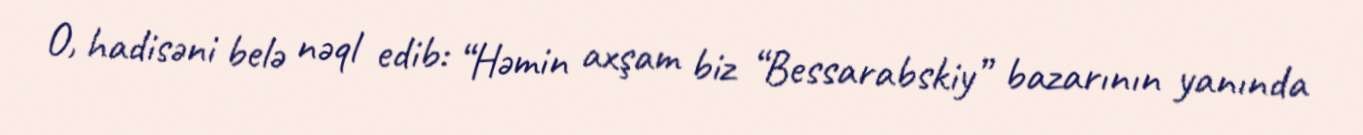
O, hadisəni belə nəql edib: “Həmin axşam biz “Bessarabskiy” bazarının yanında